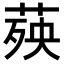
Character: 𦴊